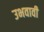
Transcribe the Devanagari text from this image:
उभवावी